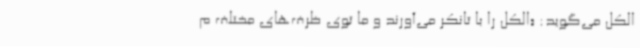
الکل می‌گوید: «الکل را با تانکر می‌آورند و ما توی ظرف‌های مختلف م